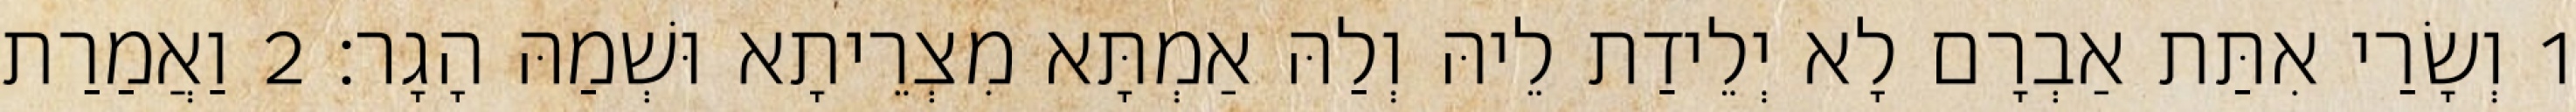
1 וְשָׂרַי אִתַּת אַבְרָם לָא יְלֵידַת לֵיהּ וְלַהּ אַמְתָּא מִצְרֵיתָא וּשְׁמַהּ הָגָר׃ 2 וַאֲמַרַת